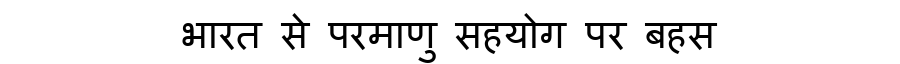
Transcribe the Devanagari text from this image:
भारत से परमाणु सहयोग पर बहस